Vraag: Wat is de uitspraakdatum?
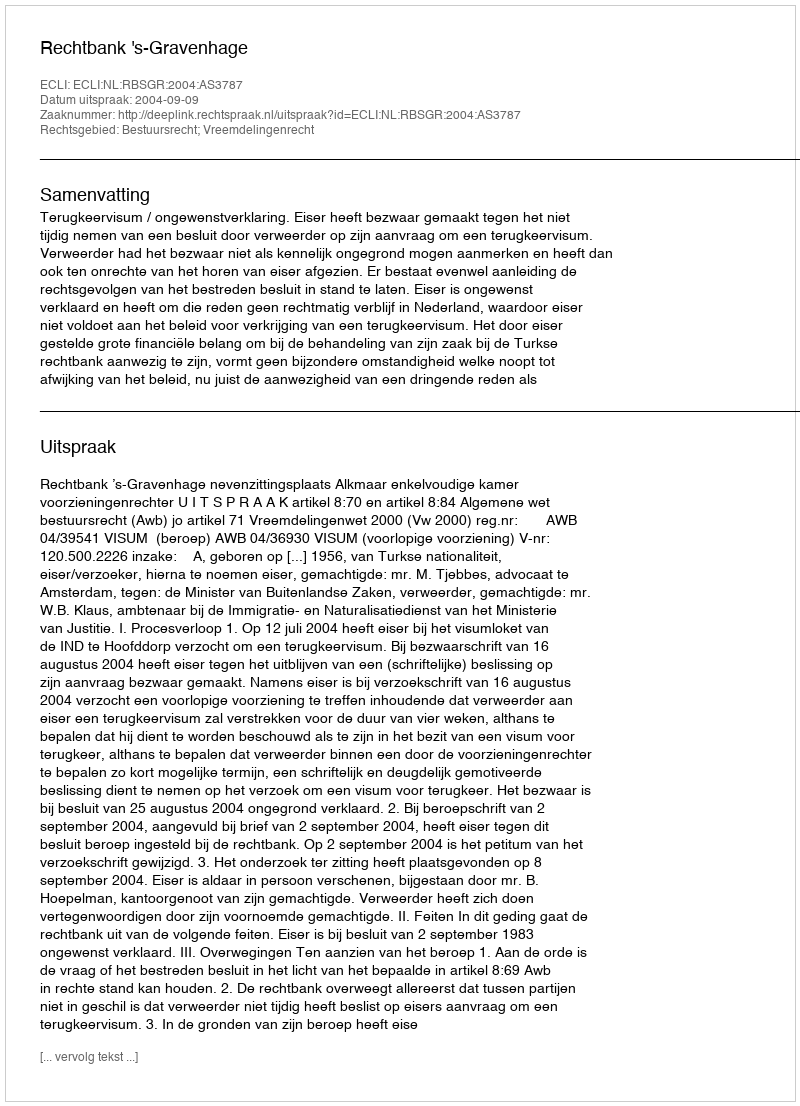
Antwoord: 2004-09-09